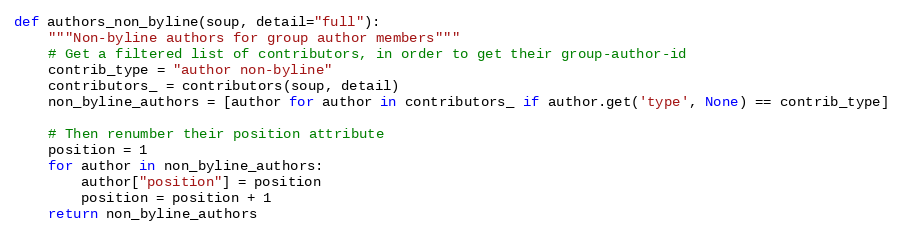
Language: Python
def authors_non_byline(soup, detail="full"):
    """Non-byline authors for group author members"""
    # Get a filtered list of contributors, in order to get their group-author-id
    contrib_type = "author non-byline"
    contributors_ = contributors(soup, detail)
    non_byline_authors = [author for author in contributors_ if author.get('type', None) == contrib_type]

    # Then renumber their position attribute
    position = 1
    for author in non_byline_authors:
        author["position"] = position
        position = position + 1
    return non_byline_authors